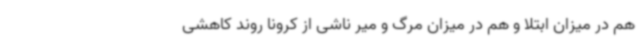
هم در میزان ابتلا و هم در میزان مرگ و میر ناشی از کرونا روند کاهشی